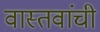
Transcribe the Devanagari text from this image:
वास्तवांची